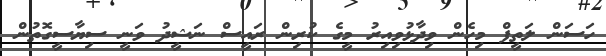
ހަސަން ލަތީފް މިހެން ވިދާޅުވިއިރު މީގެ ކުރިން ރައީސް ނަޝީދު ވަނީ ސިޔާސީގޮތުން